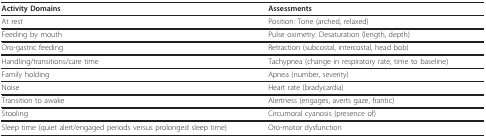
<table><thead><tr><td><b>Activity Domains</b></td><td><b>Assessments</b></td></tr></thead><tbody><tr><td>At rest</td><td>Position: Tone (arched, relaxed)</td></tr><tr><td>Feeding by mouth</td><td>Pulse oximetry: Desaturation (length, depth)</td></tr><tr><td>Oro-gastric feeding</td><td>Retraction (subcostal, intercostal, head bob)</td></tr><tr><td>Handling/transitions/care time</td><td>Tachypnea (change in respiratory rate, time to baseline)</td></tr><tr><td>Family holding</td><td>Apnea (number, severity)</td></tr><tr><td>Noise</td><td>Heart rate (bradycardia)</td></tr><tr><td>Transition to awake</td><td>Alertness (engages, averts gaze, frantic)</td></tr><tr><td>Stooling</td><td>Circumoral cyanosis (presence of)</td></tr><tr><td>Sleep time (quiet alert/engaged periods versus prolonged sleep time)</td><td>Oro-motor dysfunction</td></tr></tbody></table>